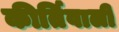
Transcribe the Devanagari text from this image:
कीर्तिवाली